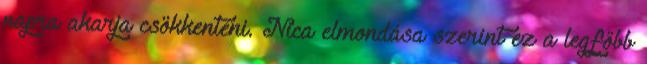
napra akarja csökkenteni. Nica elmondása szerint ez a legfőbb